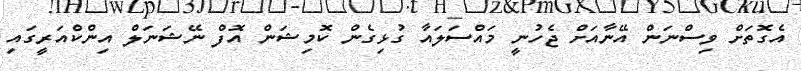
އެގޮތަށް ވިސްނަން އޭނާއަށް ޖެހުނީ މައްސަލައާ ގުޅިގެން ކޮމިޝަން އޮފް ނޭޝަނަލް އިންކްއަރީގައި